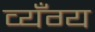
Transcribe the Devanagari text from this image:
व्यँग्य